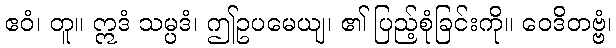
ဧဝံ၊ တူ။ ဣဒံ သမ္ပဒံ၊ ဤဥပမေယျ၊ ၏ ပြည့်စုံခြင်းကို။ ဝေဒိတဗ္ဗံ၊